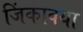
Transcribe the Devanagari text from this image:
जिंकावया